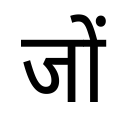
OCR:
जों